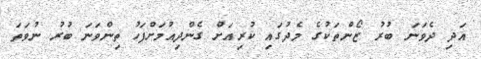
އަދި ދެވަނަ ބުރު ޒޯންތަކުގެ މެދުގައި ކުރިއަށް ގެންދިއުމަށްފަހު ތިންވަނަ ބުރު ނުވަތަ